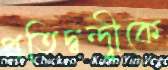
প্রতিদ্বন্দ্বীকে